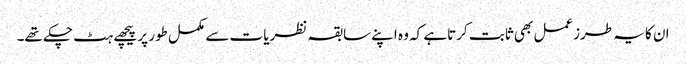
ان کا یہ طرزعمل بھی ثابت کرتاہے کہ وہ اپنے سابقہ نظریات سے مکمل طور پر پیچھے ہٹ چکے تھے۔